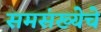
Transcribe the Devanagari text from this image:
समसंख्येचे